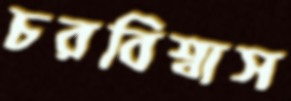
চরবিশ্বাস